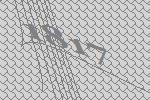
1817